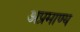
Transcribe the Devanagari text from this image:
अप्रमाण्‍य